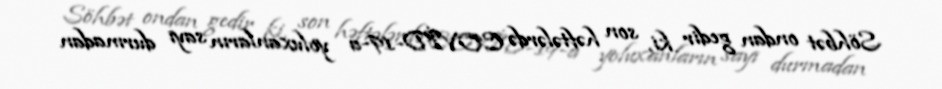
Söhbət ondan gedir ki, son həftələrdə COVİD-19-a yoluxanların sayı durmadan